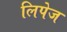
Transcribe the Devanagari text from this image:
लिपेज